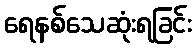
ရေနစ်သေဆုံးရခြင်း